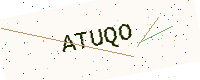
Text: ATUQO